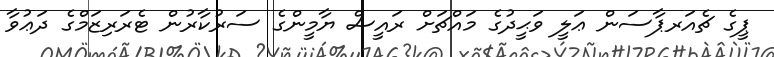
ޕީގެ ޗެއަރޕާސަން ޢަލީ ވަޙީދުގެ މައްޗަށް ރައީސް ޔާމީންގެ ސަރުކާރުން ޓެރަރިޒަމްގެ ދަޢުވާ